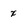
Character: x